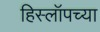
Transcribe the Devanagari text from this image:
हिस्लॉपच्या